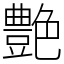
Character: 艶